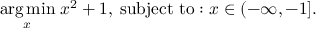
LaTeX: { \underset { x } { \operatorname { a r g \, m i n } } } \; x ^ { 2 } + 1 , \; { \mathrm { s u b j e c t ~ t o : } } \; x \in ( - \infty , - 1 ] .